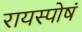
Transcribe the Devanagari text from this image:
रायस्पोषं